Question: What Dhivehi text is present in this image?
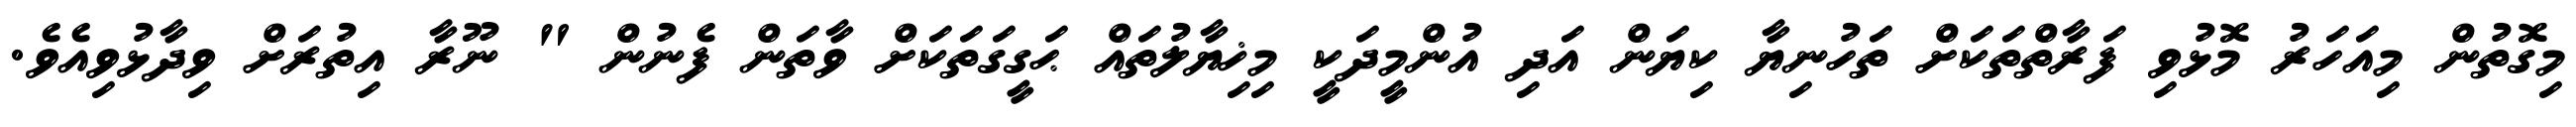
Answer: މިގޮތުން މިއަހަރު މޮޅުވި ފަރާތްތަކަށް ތަހުނިޔާ ކިޔަން އަދި އުންމީދަކީ މިޚިޔާލުތައް ޙަގީގަތަކަށް ވާތަން ފެނުން " ނޫރާ އިތުރަށް ވިދާޅުވިއެވެ.